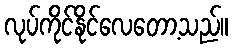
လုပ်ကိုင်နိုင်လေတော့သည်။